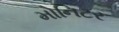
મોનિટર